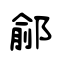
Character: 鄃